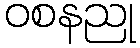
ဝစနညု